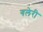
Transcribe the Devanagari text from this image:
गलेरी